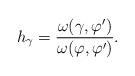
LaTeX: \begin{align*} h_{\gamma} = \frac{\omega(\gamma,\varphi')}{\omega(\varphi,\varphi')}.\end{align*}